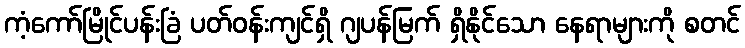
ကံ့ကော်မြိုင်ပန်းခြံ ပတ်ဝန်းကျင်ရှိ ဂျပန်မြက် ရှိနိုင်သော နေရာများကို စတင်